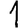
Digit: 1